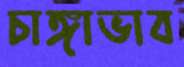
চাঙ্গাভাব